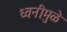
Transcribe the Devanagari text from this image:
ध्वनीमुळे